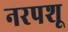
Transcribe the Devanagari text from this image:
नरपशू